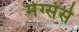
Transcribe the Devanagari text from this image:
मेग्सेसे